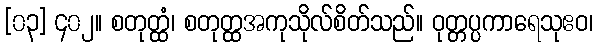
[၀၃] ၄၀၂။ စတုတ္ထံ၊ စတုတ္ထအကုသိုလ်စိတ်သည်။ ဝုတ္တပ္ပကာရေသုဧဝ၊